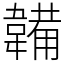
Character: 韛